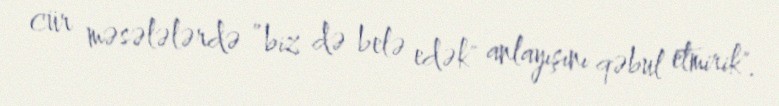
cür məsələlərdə ”biz də belə edək" anlayışını qəbul etmirik".